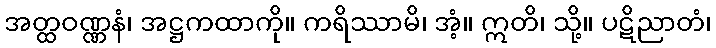
အတ္ထဝဏ္ဏနံ၊ အဋ္ဌကထာကို။ ကရိဿာမိ၊ အံ့။ ဣတိ၊ သို့။ ပဋိညာတံ၊